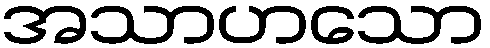
အသာဟသော